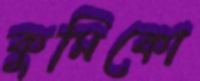
কুমিকো